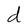
Character: d